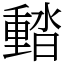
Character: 濌